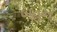
બહન